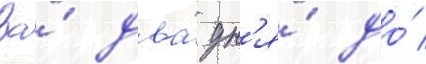
За́ два́ дн'я́ до́